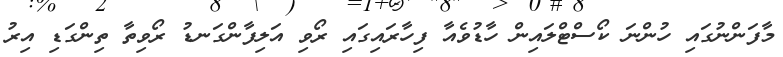
މާފަންނުގައި ހުންނަ ކޯސްޓްލައިން ހާޑުވެއާ ފިހާރައިގައި ރޯވި އަލިފާންގަނޑު ރޯވިތާ ތިންގަޑި އިރު